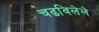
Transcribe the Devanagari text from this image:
चढविलेले